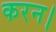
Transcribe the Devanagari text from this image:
करन।